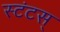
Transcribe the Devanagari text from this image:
स्टंटस्